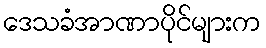
ဒေသခံအာဏာပိုင်များက